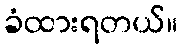
ခံထားရတယ်။